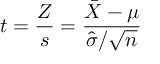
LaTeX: t = { \frac { Z } { s } } = { \frac { { \bar { X } } - \mu } { { \widehat { \sigma } } / { \sqrt { n } } } }